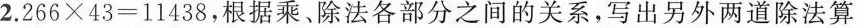
2.266×43=11438，根据乘。除法各部分之间的关系，写出另外两道除法算